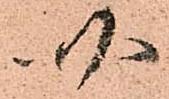
四